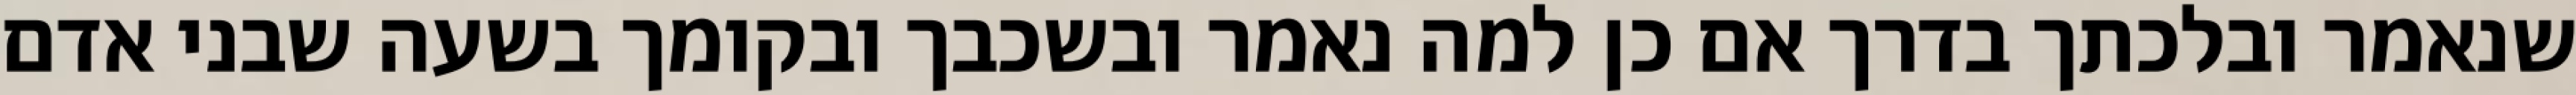
שנאמר ובלכתך בדרך אם כן למה נאמר ובשכבך ובקומך בשעה שבני אדם